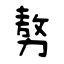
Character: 𠢕